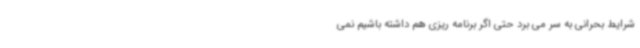
شرایط بحرانی به سر می برد حتی اگر برنامه ریزی هم داشته باشیم نمی‌